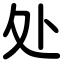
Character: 处